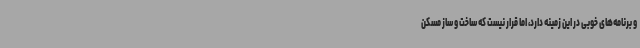
و برنامه‌های خوبی در این زمینه دارد، اما قرار نیست که ساخت و ساز مسکن